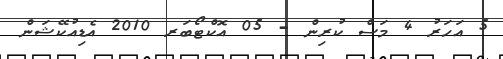
5 އަހަރު 4 މަސް ކުރިން - 05 އޮކްޓޯބަރ 2010 އެޑިއުކޭޝަން